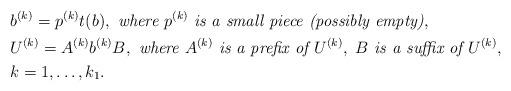
LaTeX: \begin{align*}&b^{(k)} = p^{(k)}t(b), \textit{ where } p^{(k)} \textit{ is a small piece (possibly empty)},\\&U^{(k)} = A^{(k)}b^{(k)}B, \textit{ where } A^{(k)} \textit{ is a prefix of } U^{(k)},\ B \textit{ is a suffix of } U^{(k)},\\&k = 1, \ldots, k_1.\end{align*}